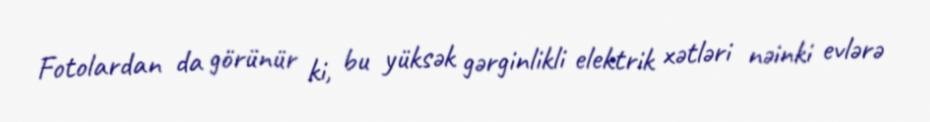
Fotolardan da görünür ki, bu yüksək gərginlikli elektrik xətləri nəinki evlərə